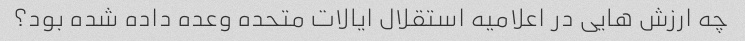
چه ارزش هایی در اعلامیه استقلال ایالات متحده وعده داده شده بود؟